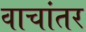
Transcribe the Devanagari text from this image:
वाचांतर